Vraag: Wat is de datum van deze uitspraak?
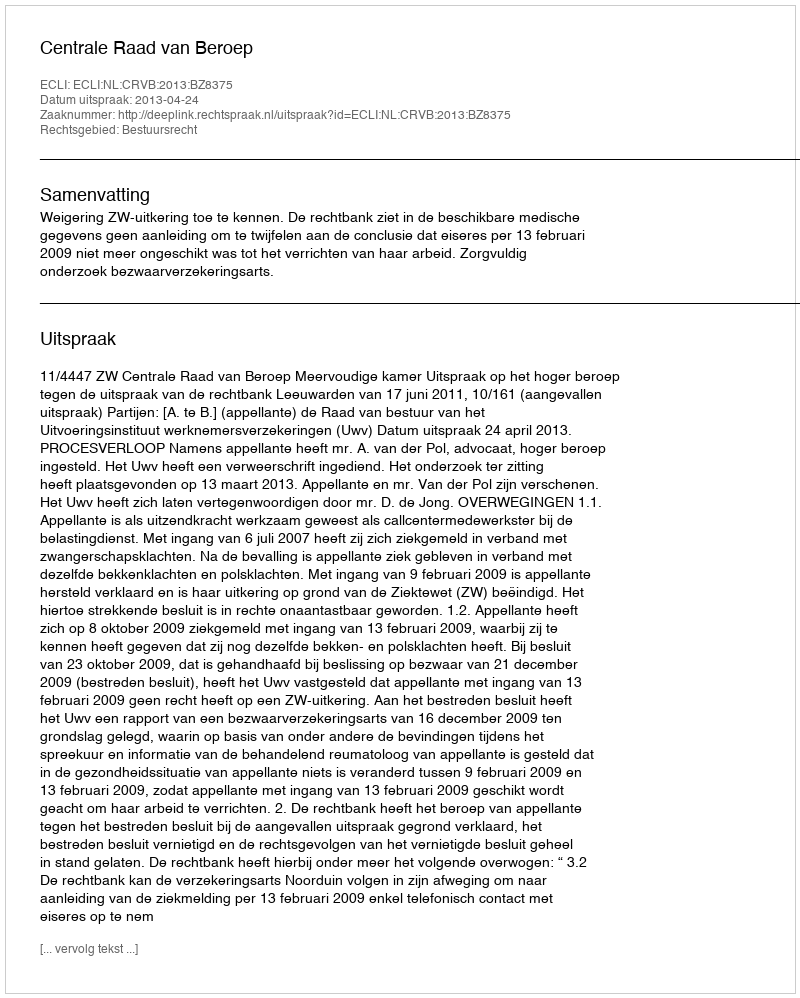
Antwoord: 2013-04-24